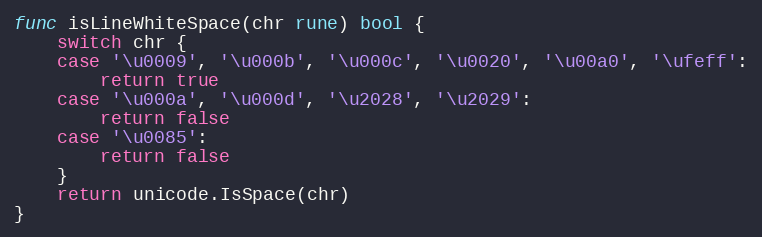
Language: Go
func isLineWhiteSpace(chr rune) bool {
	switch chr {
	case '\u0009', '\u000b', '\u000c', '\u0020', '\u00a0', '\ufeff':
		return true
	case '\u000a', '\u000d', '\u2028', '\u2029':
		return false
	case '\u0085':
		return false
	}
	return unicode.IsSpace(chr)
}